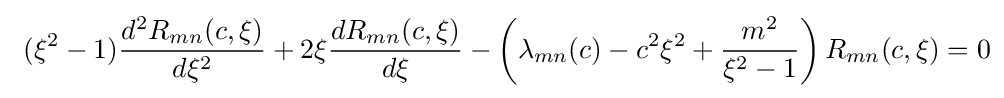
\ (\xi ^{2}-1){\frac {d^{2}R_{mn}(c,\xi )}{d\xi ^{2}}}+2\xi {\frac {dR_{mn}(c,\xi )}{d\xi }}-\left(\lambda _{mn}(c)-c^{2}\xi ^{2}+{\frac {m^{2}}{\xi ^{2}-1}}\right){R_{mn}(c,\xi )}=0